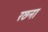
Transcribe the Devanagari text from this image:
रछना